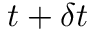
t + \delta t